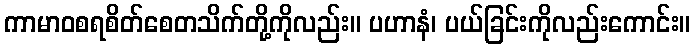
ကာမာဝစရစိတ်စေတသိက်တို့ကိုလည်း။ ပဟာနံ၊ ပယ်ခြင်းကိုလည်းကောင်း။